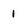
Character: 1